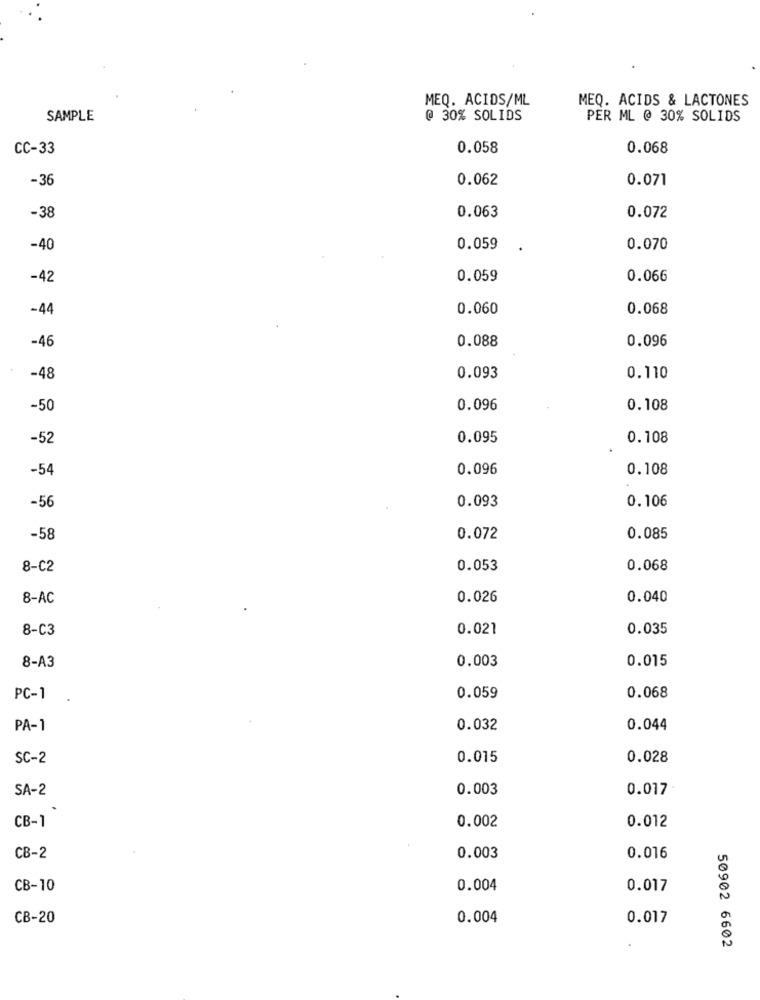
MEQ. ACIDS/ML
MEQ. ACIDS & LACTONES
SAMPLE
@ 30% SOLIDS
PER ML @ 30% SOLIDS
CC-33
0.058
0.068
-36
0.062
0.071
0.063
-38
0.072
-40
0.059
0.070
-42
0.059
0.066
-44
0.060
0.068
0.088
0.096
-46
-48
0.093
0.110
-50
0.096
0.108
-52
0.095
0.108
-54
0.096
0.108
0.093
0.106
-56
-58
0.072
0.085
8-C2
0.053
0.068
8-AC
0.026
0.040
8-C3
0.021
0.035
0.003
0.015
8-A3
PC-1
0.059
0.068
PA-1
0.032
0.044
SC-2
0.015
0.028
SA-2
0.003
0.017
CB-1
0.002
0.012
CB-2
0.003
0.016
CB-10
0.004
0.017
CB-20
0.004
0.017
50902 6602